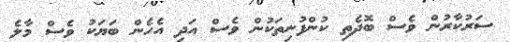
ސަރުކާރުން ވެސް ބޮދެތި ކުންފުނިތަކުން ވެސް އަދި އެހެން ބަޔަކު ވެސް މާލެ